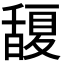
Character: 𭐮